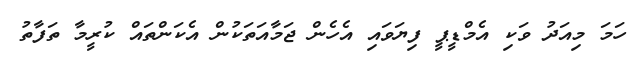
ހަމަ މިއަދު ވަކި އެމްޑީޕީ ފިޔަވައި އެހެން ޖަމާއަތަކުން އެކަންތައް ކުރީމާ ތަފާތު